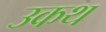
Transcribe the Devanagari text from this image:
उकथ